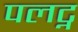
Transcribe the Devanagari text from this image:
पलट्न